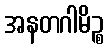
အနတဂါမိဉ္စ